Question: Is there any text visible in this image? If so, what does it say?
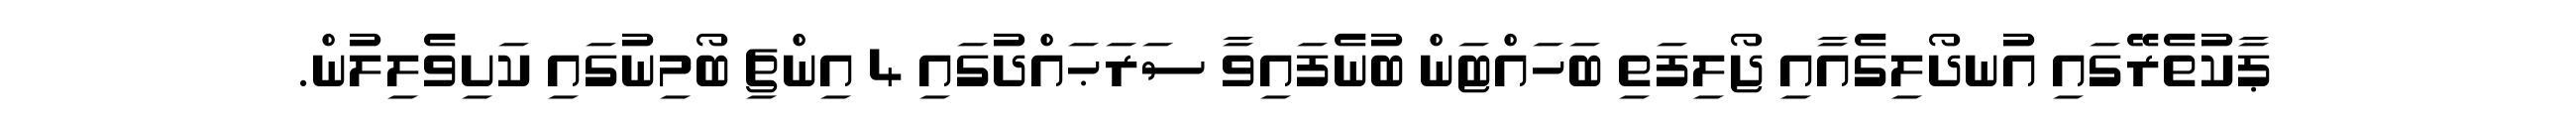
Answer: ޕާކުތެރޭގައި އުނދޯލިގެއާއި ޖޯލިފަތި ބަހައްޓަން ބުނެފައިވާ ސަރަޙައްދުގައި 4 އިންޗި ބޯމިނުގައި ކަށިވެލިލުން.